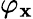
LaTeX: \varphi_{\mathbf{x}}